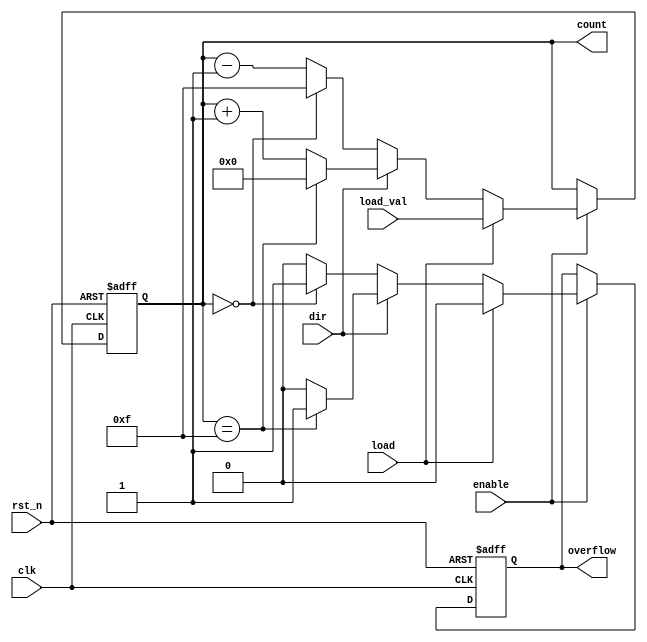
module SynchronousCounter (
    input wire clk,            // Clock input
    input wire rst_n,         // Active low asynchronous reset
    input wire enable,        // Enable signal
    input wire load,          // Load signal
    input wire dir,           // Direction control (1 for up, 0 for down)
    input wire [3:0] load_val, // Value to load into the counter
    output reg [3:0] count,   // 4-bit count output
    output reg overflow        // Overflow flag
);

    // Initialize count and overflow
    initial begin
        count = 4'b0000;
        overflow = 1'b0;
    end

    always @(posedge clk or negedge rst_n) begin
        if (!rst_n) begin
            // Asynchronous reset
            count <= 4'b0000;
            overflow <= 1'b0;
        end else if (enable) begin
            if (load) begin
                // Load the counter with the specified value
                count <= load_val;
                overflow <= 1'b0; // Reset overflow on load
            end else begin
                // Count up or down based on direction
                if (dir) begin
                    // Count up
                    if (count == 4'b1111) begin
                        count <= 4'b0000; // Reset to zero on overflow
                        overflow <= 1'b1;  // Set overflow flag
                    end else begin
                        count <= count + 1'b1;
                        overflow <= 1'b0; // Clear overflow flag
                    end
                end else begin
                    // Count down
                    if (count == 4'b0000) begin
                        count <= 4'b1111; // Wrap around to max value
                        overflow <= 1'b1;  // Set overflow flag
                    end else begin
                        count <= count - 1'b1;
                        overflow <= 1'b0; // Clear overflow flag
                    end
                end
            end
        end
    end
endmodule